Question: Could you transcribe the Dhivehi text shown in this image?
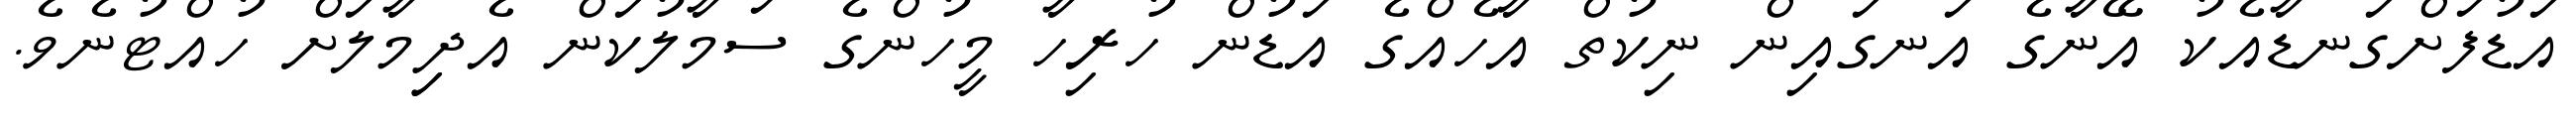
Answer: އަޑުފަށްގަނޑާއެކު އޭނާގެ އަނގައިން ނިކުތް އާހެއްގެ އަޑުން ހުރިހާ މީހުންގެ ސަމާލުކަން އެދިިމާލަށް ހުއްޓުނެވެ.